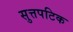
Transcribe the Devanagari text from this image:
सुत्तपटिक